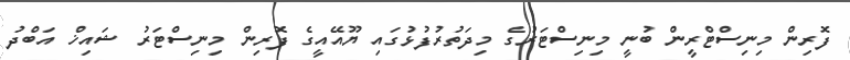
ފޮރިން މިނިސްޓްރީން ބުނީ މިނިސްޓަރުގެ މިދަތުރުފުޅުގައި ޔޫއޭއީގެ ފޮރިން މިނިސްޓަރު ޝައިޚް އަބްދު